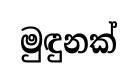
මුඳුනක්